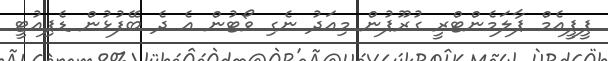
ޕީޕީއެމް ޕާލަމެންޓްރީ ގުރޫޕުން މިއަދު ނެގި ވޯޓުން އެ ދެ ބޭފުޅުން ޑެޕިއުޓީ